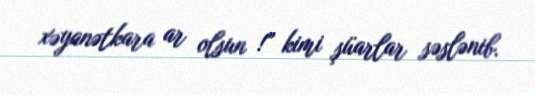
xəyanətkara ar olsun !” kimi şüarlar səslənib.